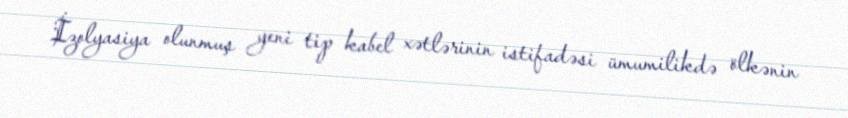
İzolyasiya olunmuş yeni tip kabel xətlərinin istifadəsi ümumilikdə ölkənin